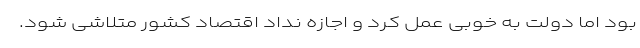
بود اما دولت به خوبی عمل کرد و اجازه نداد اقتصاد کشور متلاشی شود.